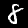
Label: 8